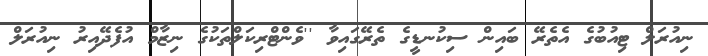
ނިއުރަލް ޓިއުބުގެ އެތެރޭ ބައިން ސިކުނޑީގެ ތެރޭގައިވާ ''ވެންޓްރިކަލްތަކުގެ ނިޒާމް އުފެދޭއިރު ނިއުރަލް